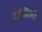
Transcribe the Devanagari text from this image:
दाख़िली